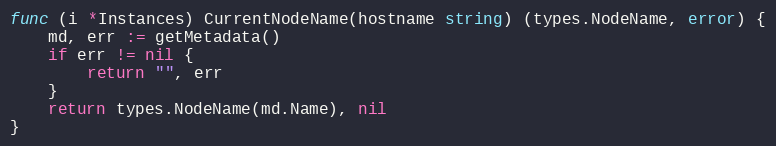
Language: Go
func (i *Instances) CurrentNodeName(hostname string) (types.NodeName, error) {
	md, err := getMetadata()
	if err != nil {
		return "", err
	}
	return types.NodeName(md.Name), nil
}